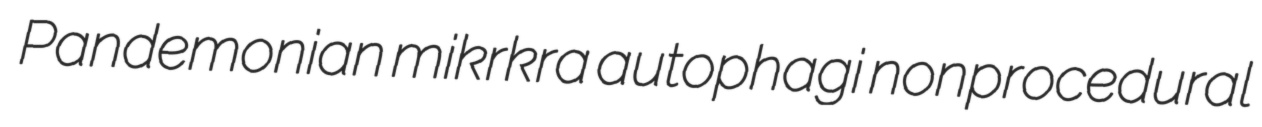
Pandemonian mikrkra autophagi nonprocedural